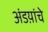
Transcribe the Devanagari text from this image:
अंडय़ांचे